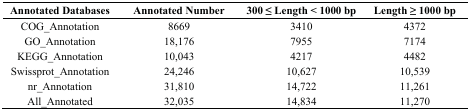
| Annotated Databases | Annotated Number | 300 ≤ Length < 1000 bp | Length ≥ 1000 bp |
 | --- | --- | --- | --- |
 | COG_Annotation | 8669 | 3410 | 4372 |
 | GO_Annotation | 18,176 | 7955 | 7174 |
 | KEGG_Annotation | 10,043 | 4217 | 4482 |
 | Swissprot_Annotation | 24,246 | 10,627 | 10,539 |
 | nr_Annotation | 31,810 | 14,722 | 11,261 |
 | All_Annotated | 32,035 | 14,834 | 11,270 |